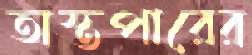
অস্তপারের